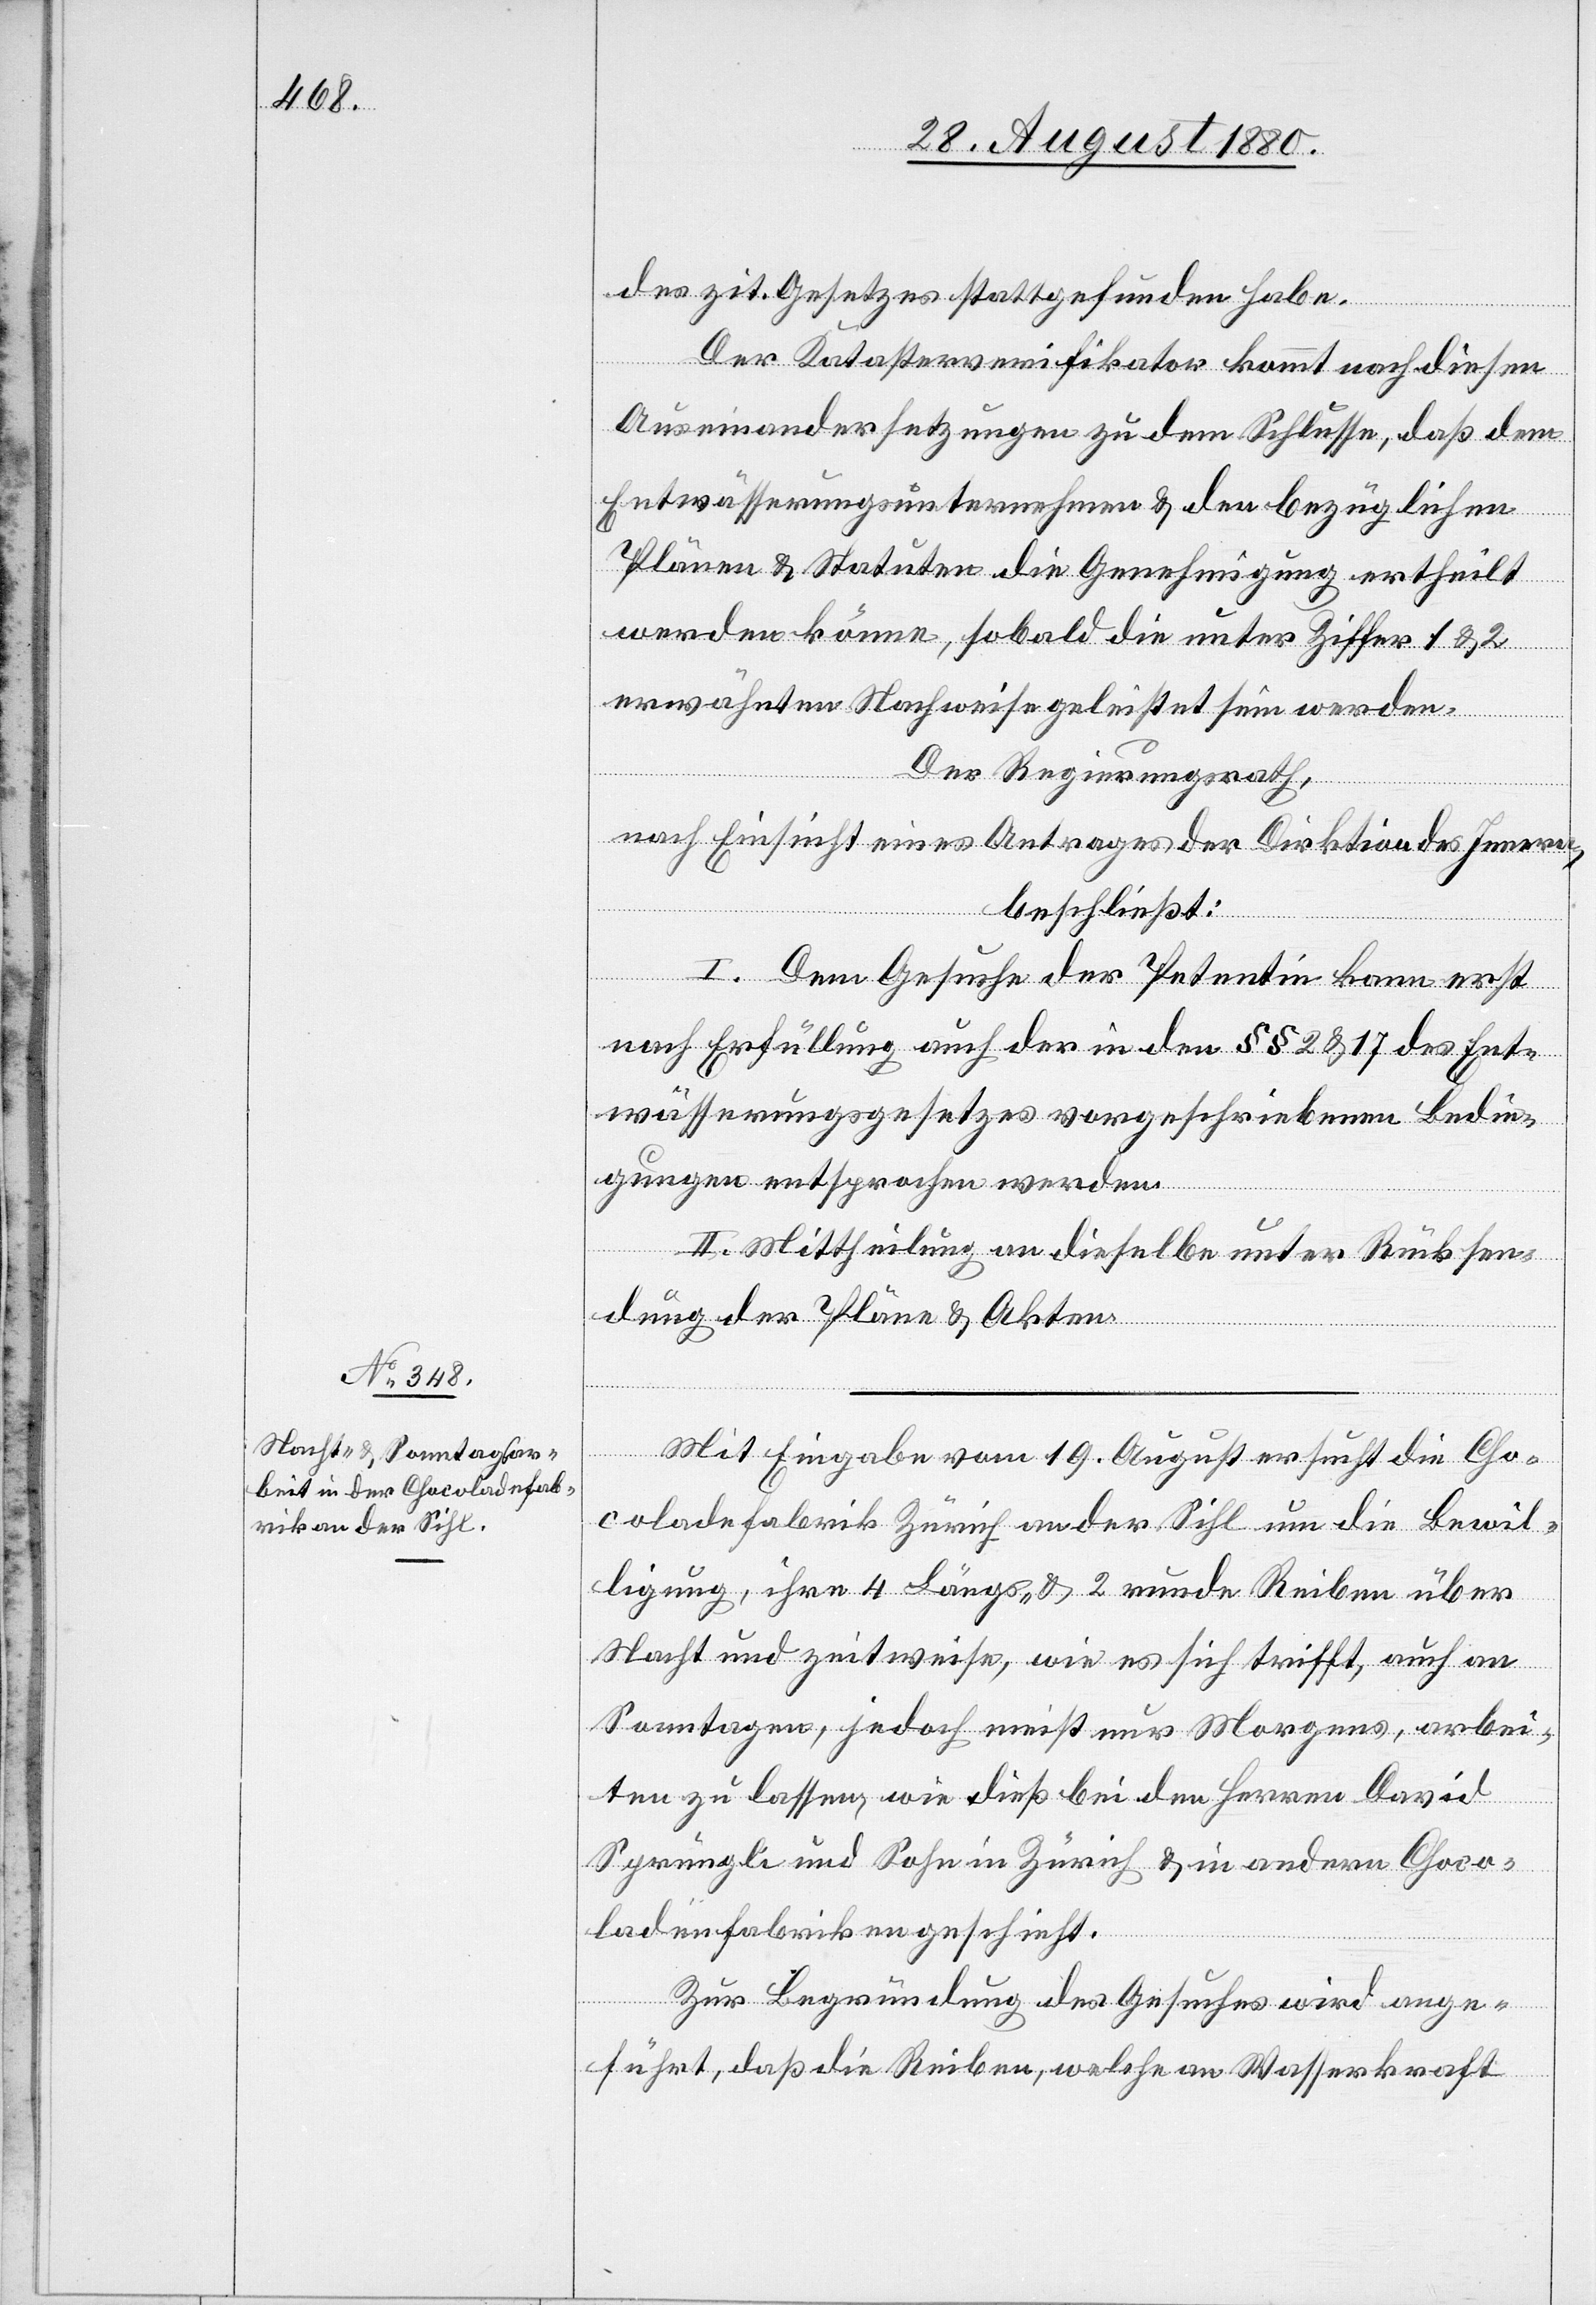
des zit. Gesetzes stattgefunden habe.
Der Katasterverifikator kommt nach diesen
Auseinandersetzungen zu dem Schlusse, daß dem
Entwässerungsunternehmen & den bezüglichen
Plänen & Statuten die Genehmigung ertheilt
werden könne, sobald die unter Ziffer 1 & 2
erwähnten Nachweise geleistet sein werden.
Der Regierungsrath,
nach Einsicht eines Antrages der Direktion des Innern,
beschließt:
I. Dem Gesuche der Petentin kann erst
nach Erfüllung auch der in den § § 2 & 17 des Ent¬
wässerungsgesetzes vorgeschriebenen Bedin¬
gungen entsprochen werden.
II. Mittheilung an dieselbe unter Rücksen¬
dung der Pläne & Akten.
Mit Eingabe vom 19. August ersucht die Cho¬
coladefabrik Zürich an der Sihl um die Bewil¬
ligung, ihre 4 Längs- & 2 runden Reiben über
Nacht und zeitweise, wie es sich trifft, auch an
Sonntagen, jedoch meist nur Morgens, arbei¬
ten zu lassen, wie dieß bei den Herren David
Sprüngli und Sohn in Zürich & in andern Choco¬
ladenfabriken geschieht.
Zur Begründung des Gesuches wird ange¬
führt, daß die Reiben, welche an Wasserkraft